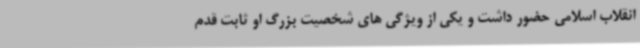
انقلاب اسلامی حضور داشت و یکی از ویژگی های شخصیت بزرگ او ثابت قدم